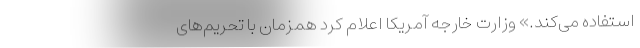
استفاده می‌کند.» وزارت خارجه آمریکا اعلام کرد همزمان با تحریم‌های